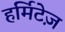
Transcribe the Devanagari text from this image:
हर्मिटेज़